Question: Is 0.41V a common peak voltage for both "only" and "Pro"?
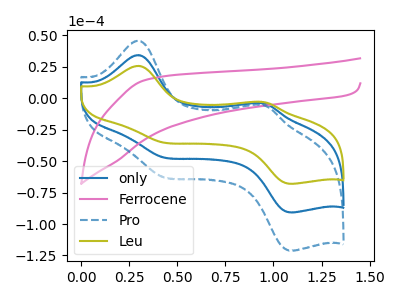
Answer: <think>The blue curve "only" has anodic peaks at (0.30V, 34.25uA) (0.95V, -3.80uA) and cathodic peaks at (0.40V, -46.45uA) (1.10V, -90.65uA). The pink curve "Ferrocene" has no peaks. The blue dashed curve "Pro" has anodic peaks at (0.30V, 68.50uA) (0.95V, -7.55uA) and cathodic peaks at (0.40V, -92.90uA) (1.10V, -181.35uA). The olive curve "Leu" has anodic peaks at (0.30V, 25.65uA) (0.95V, -2.85uA) and cathodic peaks at (0.40V, -34.80uA) (1.10V, -67.95uA).</think>
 <answer>Yes, "only" and "Pro" share a peak at 0.41V.</answer>
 <eval>match</eval>